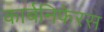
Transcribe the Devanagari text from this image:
कार्बनिफेरस